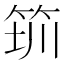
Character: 𥭃